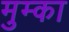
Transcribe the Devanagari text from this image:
मुम्का